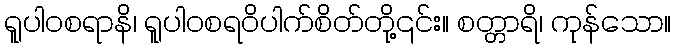
ရူပါဝစရာနိ၊ ရူပါဝစရဝိပါက်စိတ်တို့၎င်း။ စတ္တာရိ၊ ကုန်သော။